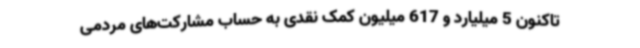
تاکنون 5 میلیارد و 617 میلیون کمک‌ نقدی به حساب مشارکت‌های مردمی